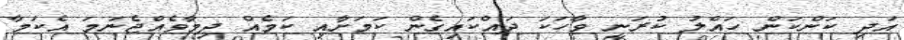
އަދި ކަންކަން ހައްލު ކުރަނީ ވާހަކަ ދައްކައިގެން ކަމަށާއި ކަމެއް ދިމާވެއްޖެނަމަ އެކަމާ